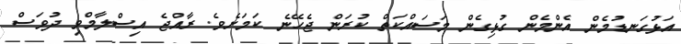
އަޅުގަނޑުމެން އެންމެން ގުޅިގެން މަސައްކަތް ކުރަން ޖެހޭނެ ކަމަށެވެ. ރާއްޖެ އިސްލާމްވި ދުވަސް